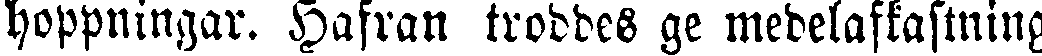
hoppningar. Hafran troddes ge medelafkastning